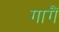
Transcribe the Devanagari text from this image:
गागैं